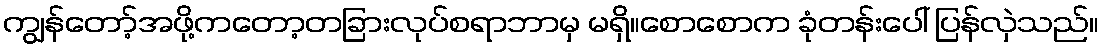
ကျွန်တော့်အဖို့ကတော့တခြားလုပ်စရာဘာမှ မရှိ။စောစောက ခုံတန်းပေါ် ပြန်လှဲသည်။